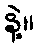
နဲ့။